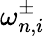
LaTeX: \omega_{n,i}^{\pm}